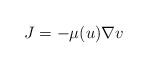
LaTeX: \begin{align*}J=-\mu(u)\nabla v\end{align*}